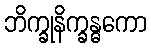
ဘိက္ခုနိက္ခန္ဓကော